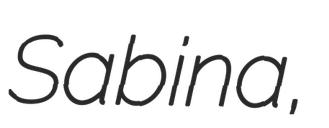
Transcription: Sabina,